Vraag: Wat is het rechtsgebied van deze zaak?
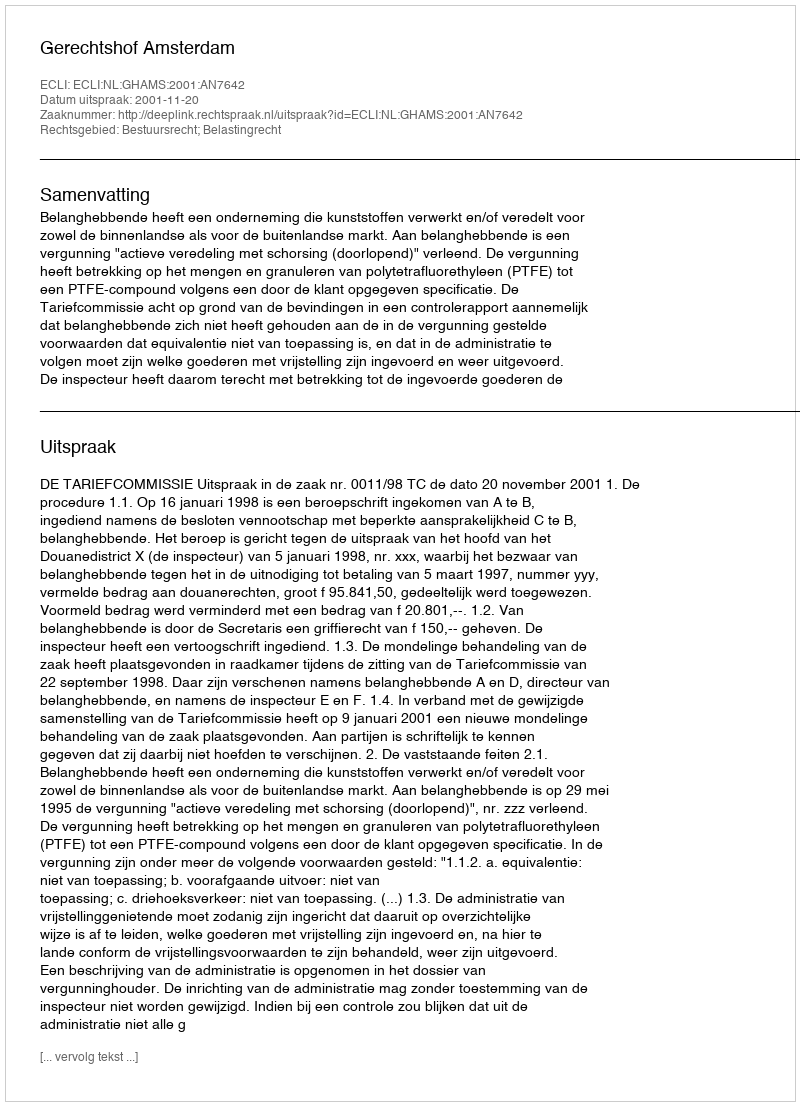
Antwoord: Bestuursrecht; Belastingrecht